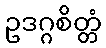
ဥဒဂ္ဂစိတ္တံ